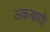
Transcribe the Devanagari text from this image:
अकबायी